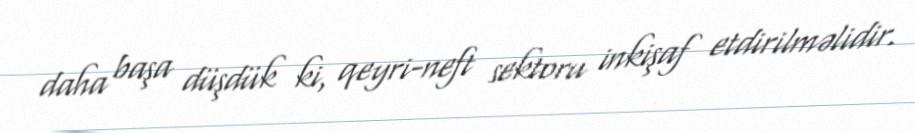
daha başa düşdük ki, qeyri-neft sektoru inkişaf etdirilməlidir.